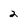
Character: 2